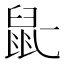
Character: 𫜢